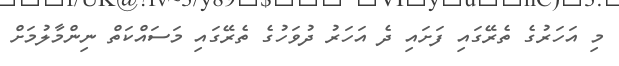
މި އަހަރުގެ ތެރޭގައި ފަށައި ދެ އަހަރު ދުވަހުގެ ތެރޭގައި މަސައްކަތް ނިންމާލުމަށް